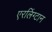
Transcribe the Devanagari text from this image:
एरलिंग्टान